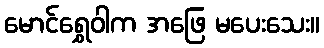
မောင်ရွှေဝါက အဖြေ မပေးသေး။